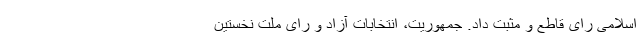
اسلامی رای قاطع و مثبت داد. جمهوریت، انتخابات آزاد و رای ملت نخستین